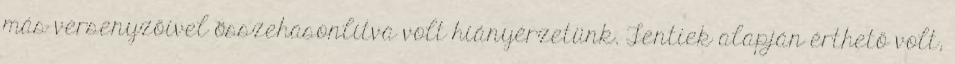
más versenyzőivel összehasonlítva volt hiányérzetünk. Fentiek alapján érthető volt,